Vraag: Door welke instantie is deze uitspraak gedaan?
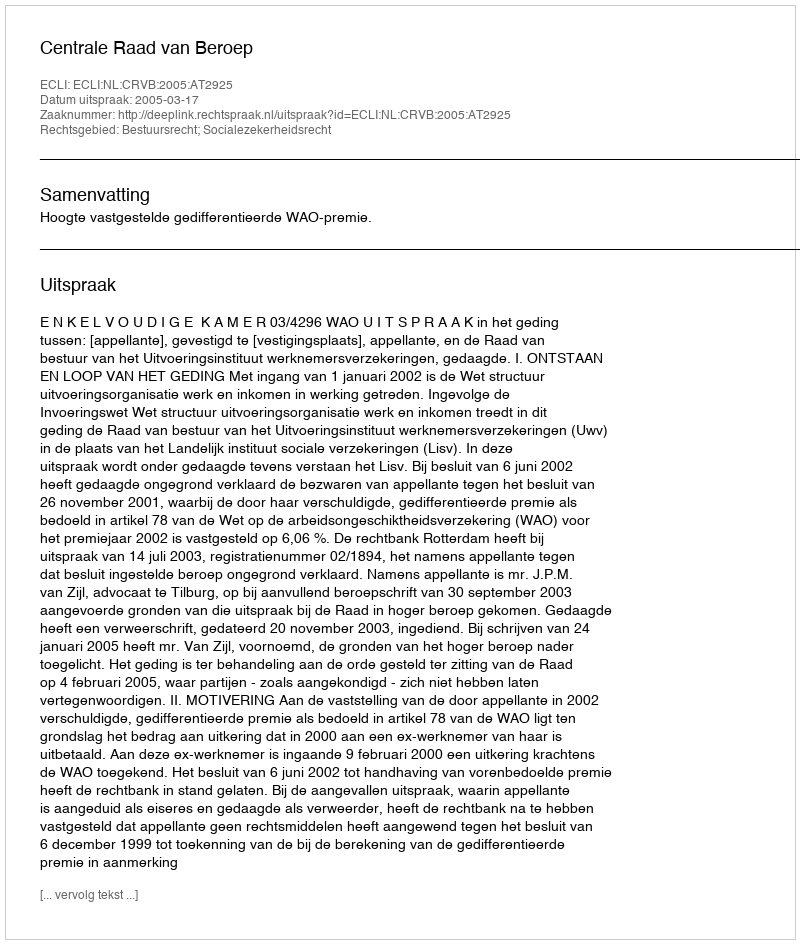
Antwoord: Centrale Raad van Beroep